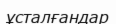
ұсталғандар